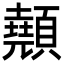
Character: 顤